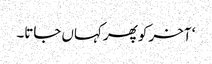
‘ آخر کو پھر کہاں جاتا۔